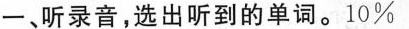
一、听录音,选出听到的单词。10%